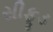
સીફૂડ